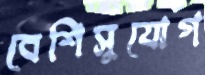
বেশিসুযোগ